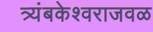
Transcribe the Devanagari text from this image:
त्र्यंबकेश्वराजवळ